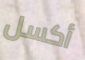
أكسل